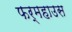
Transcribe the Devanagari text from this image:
फर्महाउस